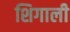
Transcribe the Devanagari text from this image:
शिगाली